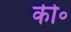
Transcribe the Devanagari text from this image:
की॰